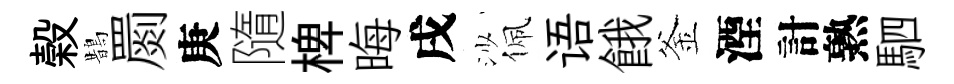
榖鵲罽庚隨椑晦戌沙佩语餓釜湮計熟駟